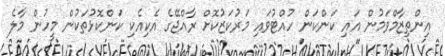
އިންތިޒާމްވަމުން އައި ކަންކަން ހުއްޓުވައި މަރުކަޒުކޮށް ރާއްޖޭގެ އެކިއެކި ކަންކޮޅުތަކުން މީހުން މާލެ